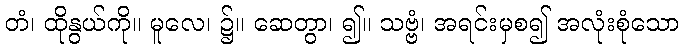
တံ၊ ထိုနွယ်ကို။ မူလေ၊ ၌။ ဆေတွာ၊ ၍။ သဗ္ဗံ၊ အရင်းမှစ၍ အလုံးစုံသော